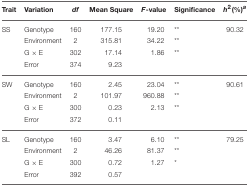
<table><thead><tr><td><b>Trait</b></td><td><b>Variation</b></td><td><b><i>df</i></b></td><td><b>Mean Square</b></td><td><b><i>F</i>-value</b></td><td><b>Significance</b></td><td><b><i>h</i><sup>2</sup>(%)<i><sup>a</sup></i></b></td></tr></thead><tbody><tr><td>SS</td><td>Genotype</td><td>160</td><td>177.15</td><td>19.20</td><td><sup>**</sup></td><td>90.32</td></tr><tr><td>[EMPTY_CELL]</td><td>Environment</td><td>2</td><td>315.81</td><td>34.22</td><td><sup>**</sup></td><td>[EMPTY_CELL]</td></tr><tr><td>[EMPTY_CELL]</td><td>G × E</td><td>302</td><td>17.14</td><td>1.86</td><td><sup>**</sup></td><td>[EMPTY_CELL]</td></tr><tr><td>[EMPTY_CELL]</td><td>Error</td><td>374</td><td>9.23</td><td>[EMPTY_CELL]</td><td>[EMPTY_CELL]</td><td>[EMPTY_CELL]</td></tr><tr><td>SW</td><td>Genotype</td><td>160</td><td>2.45</td><td>23.04</td><td><sup>**</sup></td><td>90.61</td></tr><tr><td>[EMPTY_CELL]</td><td>Environment</td><td>2</td><td>101.97</td><td>960.88</td><td><sup>**</sup></td><td>[EMPTY_CELL]</td></tr><tr><td>[EMPTY_CELL]</td><td>G × E</td><td>300</td><td>0.23</td><td>2.13</td><td><sup>**</sup></td><td>[EMPTY_CELL]</td></tr><tr><td>[EMPTY_CELL]</td><td>Error</td><td>372</td><td>0.11</td><td>[EMPTY_CELL]</td><td>[EMPTY_CELL]</td><td>[EMPTY_CELL]</td></tr><tr><td>SL</td><td>Genotype</td><td>160</td><td>3.47</td><td>6.10</td><td><sup>**</sup></td><td>79.25</td></tr><tr><td>[EMPTY_CELL]</td><td>Environment</td><td>2</td><td>46.26</td><td>81.37</td><td><sup>**</sup></td><td>[EMPTY_CELL]</td></tr><tr><td>[EMPTY_CELL]</td><td>G × E</td><td>300</td><td>0.72</td><td>1.27</td><td><sup>*</sup></td><td>[EMPTY_CELL]</td></tr><tr><td>[EMPTY_CELL]</td><td>Error</td><td>392</td><td>0.57</td><td>[EMPTY_CELL]</td><td>[EMPTY_CELL]</td><td>[EMPTY_CELL]</td></tr></tbody></table>